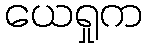
ယေရှုက